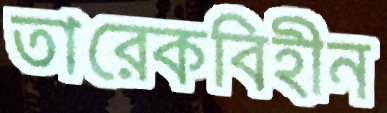
তারেকবিহীন